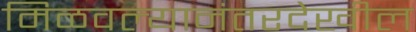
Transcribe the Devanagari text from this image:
मिळवल्यानंतरदेखील